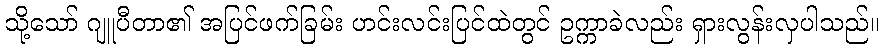
သို့သော် ဂျူပီတာ၏ အပြင်ဖက်ခြမ်း ဟင်းလင်းပြင်ထဲတွင် ဥက္ကာခဲလည်း ရှားလွန်းလှပါသည်။